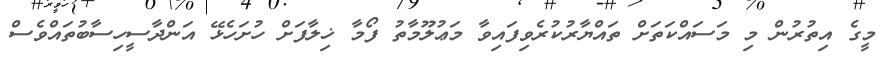
މީގެ އިތުރުން މި މަސައްކަތަށް ތައްޔާރުކުރެވިފައިވާ މަޢުލޫމާތު ފޯމާ ޚިލާފަށް ހުށަހެޅޭ އަންދާސީހިސާބުތައްވެސް